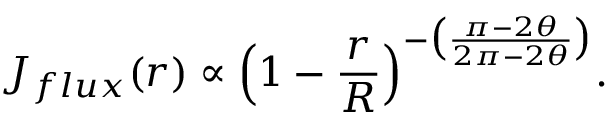
J _ { f l u x } ( r ) \propto \Big ( 1 - \frac { r } { R } \Big ) ^ { - \big ( \frac { \pi - 2 \theta } { 2 \pi - 2 \theta } \big ) } .